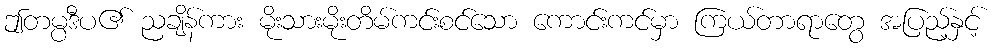
ဤတမ္ပဒီပ၏ ညချိန်ကား မိုးသားမိုးတိမ်ကင်းစင်သော ကောင်းကင်မှာ ကြယ်တာရာတွေ အပြည့်နှင့်